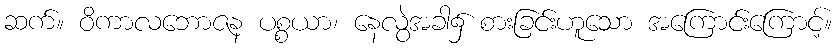
ဆက်။ ဝိကာလဘောဇန ပစ္စယာ၊ နေလွဲအခါ၌ စားခြင်းဟူသော အကြောင်းကြောင့်။